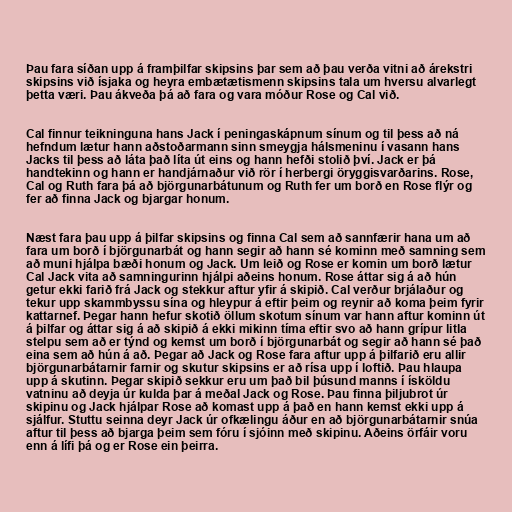
Þau fara síðan upp á framþilfar skipsins þar sem að þau verða vitni að árekstri
skipsins við ísjaka og heyra embætætismenn skipsins tala um hversu alvarlegt
þetta væri. Þau ákveða þá að fara og vara móður Rose og Cal við.

Cal finnur teikninguna hans Jack í peningaskápnum sínum og til þess að ná
hefndum lætur hann aðstoðarmann sinn smeygja hálsmeninu í vasann hans
Jacks til þess að láta það líta út eins og hann hefði stolið því. Jack er þá
handtekinn og hann er handjárnaður við rör í herbergi öryggisvarðarins. Rose,
Cal og Ruth fara þá að björgunarbátunum og Ruth fer um borð en Rose flýr og
fer að finna Jack og bjargar honum.

Næst fara þau upp á þilfar skipsins og finna Cal sem að sannfærir hana um að
fara um borð í björgunarbát og hann segir að hann sé kominn með samning sem
að muni hjálpa bæði honum og Jack. Um leið og Rose er komin um borð lætur
Cal Jack vita að samningurinn hjálpi aðeins honum. Rose áttar sig á að hún
getur ekki farið frá Jack og stekkur aftur yfir á skipið. Cal verður brjálaður og
tekur upp skammbyssu sína og hleypur á eftir þeim og reynir að koma þeim fyrir
kattarnef. Þegar hann hefur skotið öllum skotum sínum var hann aftur kominn út
á þilfar og áttar sig á að skipið á ekki mikinn tíma eftir svo að hann grípur litla
stelpu sem að er týnd og kemst um borð í björgunarbát og segir að hann sé það
eina sem að hún á að. Þegar að Jack og Rose fara aftur upp á þilfarið eru allir
björgunarbátarnir farnir og skutur skipsins er að rísa upp í loftið. Þau hlaupa
upp á skutinn. Þegar skipið sekkur eru um það bil þúsund manns í ísköldu
vatninu að deyja úr kulda þar á meðal Jack og Rose. Þau finna þiljubrot úr
skipinu og Jack hjálpar Rose að komast upp á það en hann kemst ekki upp á
sjálfur. Stuttu seinna deyr Jack úr ofkælingu áður en að björgunarbátarnir snúa
aftur til þess að bjarga þeim sem fóru í sjóinn með skipinu. Aðeins örfáir voru
enn á lífi þá og er Rose ein þeirra.